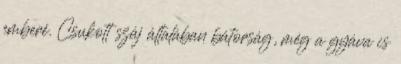
emberé. Csukott száj általában bátorság, még a gyáva is